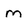
Character: m